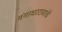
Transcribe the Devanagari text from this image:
गंगाधररावांचे